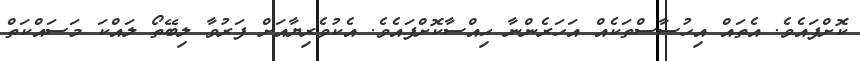
ކޮށްފައެވެ. އެތައް އިހުސާސްތަކެއް އަހަރެންނާ ހިއްސާކޮށްފައެވެ. އެކުވެރިޔާއަށް ފަރުވާ ލިބޭތޯ ލައްކަ މަސައްކަތް